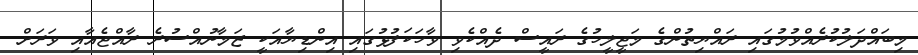
މިބައްދަލުކުރެއްވުމުގައި ރައްޔިތުންގެ މަޖީލީހުގެ ރައީސް ދެއްކެވި ވާހަކަފުޅުގައި އިންޑިޔާއަކީ ޒަމާނުއްސުރެ ރާއްޖެއާއި ވަރަށް